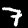
Label: 7